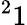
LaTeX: ^21